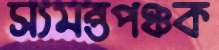
স্যমন্তপঞ্চক